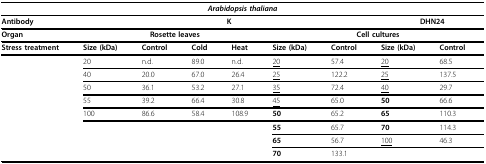
| <COLSPAN=9> Arabidopsis thaliana |
 | --- | --- | --- | --- | --- | --- | --- | --- | --- |
 | Antibody | <COLSPAN=6> K | <COLSPAN=2> DHN24 |
 | Organ | <COLSPAN=4> Rosette leaves | <COLSPAN=4> Cell cultures |
 | Stress treatment | Size (kDa) | Control | Cold | Heat | Size (kDa) | Control | Size (kDa) | Control |
 |  | 20 | n.d. | 89.0 | n.d. | <underline>20</underline> | 57.4 | <underline>20</underline> | 68.5 |
 |  | 40 | 20.0 | 67.0 | 26.4 | <underline>25</underline> | 122.2 | <underline>25</underline> | 137.5 |
 |  | 50 | 36.1 | 53.2 | 27.1 | <underline>35</underline> | 72.4 | <underline>40</underline> | 29.7 |
 |  | 55 | 39.2 | 66.4 | 30.8 | <underline>45</underline> | 65.0 | 50 | 66.6 |
 |  | 100 | 86.6 | 58.4 | 108.9 | 50 | 65.2 | 65 | 110.3 |
 |  |  |  |  |  | 55 | 65.7 | 70 | 114.3 |
 |  |  |  |  |  | 65 | 56.7 | <underline>100</underline> | 46.3 |
 |  |  |  |  |  | 70 | 133.1 |  |  |